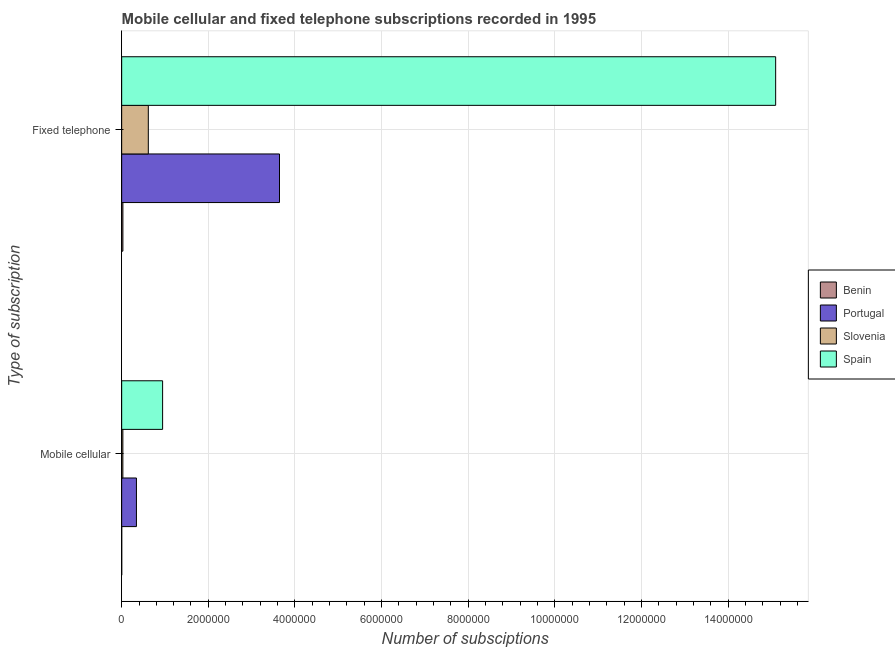
| Type of subscription | Benin | Portugal | Slovenia | Spain |
 | --- | --- | --- | --- | --- |
 | Mobile cellular | 1.05e+03 | 3.41e+05 | 2.73e+04 | 9.45e+05 |
 | Fixed telephone | 2.82e+04 | 3.64e+06 | 6.15e+05 | 1.51e+07 |